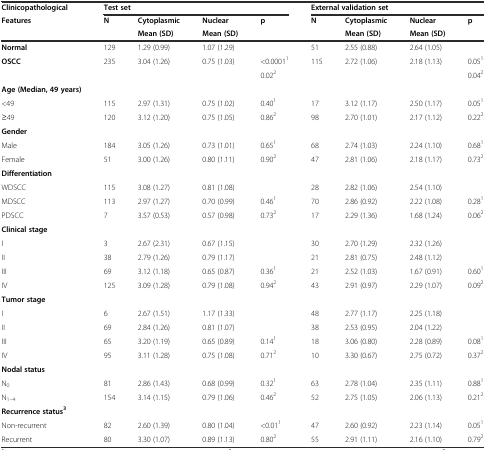
<table><thead><tr><td><b>Clinicopathological</b></td><td colspan="4"><b>Test set</b></td><td colspan="4"><b>External validation set</b></td></tr><tr><td rowspan="2"><b>Features</b></td><td rowspan="2"><b>N</b></td><td><b>Cytoplasmic</b></td><td><b>Nuclear</b></td><td rowspan="2"><b>p</b></td><td rowspan="2"><b>N</b></td><td><b>Cytoplasmic</b></td><td><b>Nuclear</b></td><td rowspan="2"><b>p</b></td></tr><tr><td><b>Mean (SD)</b></td><td><b>Mean (SD)</b></td><td><b>Mean (SD)</b></td><td><b>Mean (SD)</b></td></tr></thead><tbody><tr><td><b>Normal</b></td><td>129</td><td>1.29 (0.99)</td><td>1.07 (1.29)</td><td></td><td>51</td><td>2.55 (0.88)</td><td>2.64 (1.05)</td><td></td></tr><tr><td rowspan="2"><b>OSCC</b></td><td rowspan="2">235</td><td rowspan="2">3.04 (1.26)</td><td rowspan="2">0.75 (1.03)</td><td>&lt;0.0001<sup>1</sup></td><td rowspan="2">115</td><td rowspan="2">2.72 (1.06)</td><td rowspan="2">2.18 (1.13)</td><td>0.05<sup>1</sup></td></tr><tr><td>0.02<sup>2</sup></td><td>0.04<sup>2</sup></td></tr><tr><td><b>Age (Median, 49 years)</b></td><td></td><td></td><td></td><td></td><td></td><td></td><td></td><td></td></tr><tr><td>&lt;49</td><td>115</td><td>2.97 (1.31)</td><td>0.75 (1.02)</td><td>0.40<sup>1</sup></td><td>17</td><td>3.12 (1.17)</td><td>2.50 (1.17)</td><td>0.05<sup>1</sup></td></tr><tr><td>≥49</td><td>120</td><td>3.12 (1.20)</td><td>0.75 (1.05)</td><td>0.86<sup>2</sup></td><td>98</td><td>2.70 (1.01)</td><td>2.17 (1.12)</td><td>0.22<sup>2</sup></td></tr><tr><td><b>Gender</b></td><td></td><td></td><td></td><td></td><td></td><td></td><td></td><td></td></tr><tr><td>Male</td><td>184</td><td>3.05 (1.26)</td><td>0.73 (1.01)</td><td>0.65<sup>1</sup></td><td>68</td><td>2.74 (1.03)</td><td>2.24 (1.10)</td><td>0.68<sup>1</sup></td></tr><tr><td>Female</td><td>51</td><td>3.00 (1.26)</td><td>0.80 (1.11)</td><td>0.90<sup>2</sup></td><td>47</td><td>2.81 (1.06)</td><td>2.18 (1.17)</td><td>0.73<sup>2</sup></td></tr><tr><td><b>Differentiation</b></td><td></td><td></td><td></td><td></td><td></td><td></td><td></td><td></td></tr><tr><td>WDSCC</td><td>115</td><td>3.08 (1.27)</td><td>0.81 (1.08)</td><td></td><td>28</td><td>2.82 (1.06)</td><td>2.54 (1.10)</td><td></td></tr><tr><td>MDSCC</td><td>113</td><td>2.97 (1.27)</td><td>0.70 (0.99)</td><td>0.46<sup>1</sup></td><td>70</td><td>2.86 (0.92)</td><td>2.22 (1.08)</td><td>0.28<sup>1</sup></td></tr><tr><td>PDSCC</td><td>7</td><td>3.57 (0.53)</td><td>0.57 (0.98)</td><td>0.73<sup>2</sup></td><td>17</td><td>2.29 (1.36)</td><td>1.68 (1.24)</td><td>0.06<sup>2</sup></td></tr><tr><td><b>Clinical stage</b></td><td></td><td></td><td></td><td></td><td></td><td></td><td></td><td></td></tr><tr><td>I</td><td>3</td><td>2.67 (2.31)</td><td>0.67 (1.15)</td><td></td><td>30</td><td>2.70 (1.29)</td><td>2.32 (1.26)</td><td></td></tr><tr><td>II</td><td>38</td><td>2.79 (1.26)</td><td>0.79 (1.17)</td><td></td><td>21</td><td>2.81 (0.75)</td><td>2.48 (1.12)</td><td></td></tr><tr><td>III</td><td>69</td><td>3.12 (1.18)</td><td>0.65 (0.87)</td><td>0.36<sup>1</sup></td><td>21</td><td>2.52 (1.03)</td><td>1.67 (0.91)</td><td>0.60<sup>1</sup></td></tr><tr><td>IV</td><td>125</td><td>3.09 (1.28)</td><td>0.79 (1.08)</td><td>0.94<sup>2</sup></td><td>43</td><td>2.91 (0.97)</td><td>2.29 (1.07)</td><td>0.09<sup>2</sup></td></tr><tr><td><b>Tumor stage</b></td><td></td><td></td><td></td><td></td><td></td><td></td><td></td><td></td></tr><tr><td>I</td><td>6</td><td>2.67 (1.51)</td><td>1.17 (1.33)</td><td></td><td>48</td><td>2.77 (1.17)</td><td>2.25 (1.18)</td><td></td></tr><tr><td>II</td><td>69</td><td>2.84 (1.26)</td><td>0.81 (1.07)</td><td></td><td>38</td><td>2.53 (0.95)</td><td>2.04 (1.22)</td><td></td></tr><tr><td>III</td><td>65</td><td>3.20 (1.19)</td><td>0.65 (0.89)</td><td>0.14<sup>1</sup></td><td>18</td><td>3.06 (0.80)</td><td>2.28 (0.89)</td><td>0.08<sup>1</sup></td></tr><tr><td>IV</td><td>95</td><td>3.11 (1.28)</td><td>0.75 (1.08)</td><td>0.71<sup>2</sup></td><td>10</td><td>3.30 (0.67)</td><td>2.75 (0.72)</td><td>0.37<sup>2</sup></td></tr><tr><td><b>Nodal status</b></td><td></td><td></td><td></td><td></td><td></td><td></td><td></td><td></td></tr><tr><td>N<sub>0</sub></td><td>81</td><td>2.86 (1.43)</td><td>0.68 (0.99)</td><td>0.32<sup>1</sup></td><td>63</td><td>2.78 (1.04)</td><td>2.35 (1.11)</td><td>0.88<sup>1</sup></td></tr><tr><td>N<sub>1–4</sub></td><td>154</td><td>3.14 (1.15)</td><td>0.79 (1.06)</td><td>0.46<sup>2</sup></td><td>52</td><td>2.75 (1.05)</td><td>2.06 (1.13)</td><td>0.21<sup>2</sup></td></tr><tr><td><b>Recurrence status</b><sup><b>3</b></sup></td><td></td><td></td><td></td><td></td><td></td><td></td><td></td><td></td></tr><tr><td>Non-recurrent</td><td>82</td><td>2.60 (1.39)</td><td>0.80 (1.04)</td><td>&lt;0.01<sup>1</sup></td><td>47</td><td>2.60 (0.92)</td><td>2.23 (1.14)</td><td>0.05<sup>1</sup></td></tr><tr><td>Recurrent</td><td>80</td><td>3.30 (1.07)</td><td>0.89 (1.13)</td><td>0.80<sup>2</sup></td><td>55</td><td>2.91 (1.11)</td><td>2.16 (1.10)</td><td>0.79<sup>2</sup></td></tr></tbody></table>